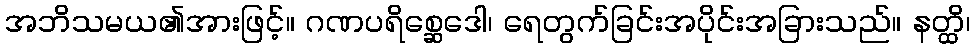
အဘိသမယ၏အားဖြင့်။ ဂဏပရိစ္ဆေဒေါ၊ ရေတွက်ခြင်းအပိုင်းအခြားသည်။ နတ္ထိ၊